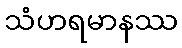
သံဟရမာနဿ